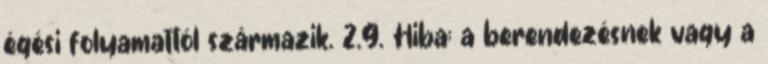
égési folyamattól származik. 2.9. Hiba: a berendezésnek vagy a